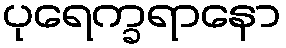
ပုရေက္ခရာနော